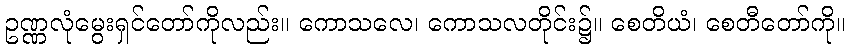
ဥဏ္ဏလုံမွေးရှင်တော်ကိုလည်း။ ကောသလေ၊ ကောသလတိုင်း၌။ စေတိယံ၊ စေတီတော်ကို။